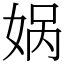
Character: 娲